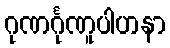
ဂုဏင်္ဂုဏူပါဟနာ